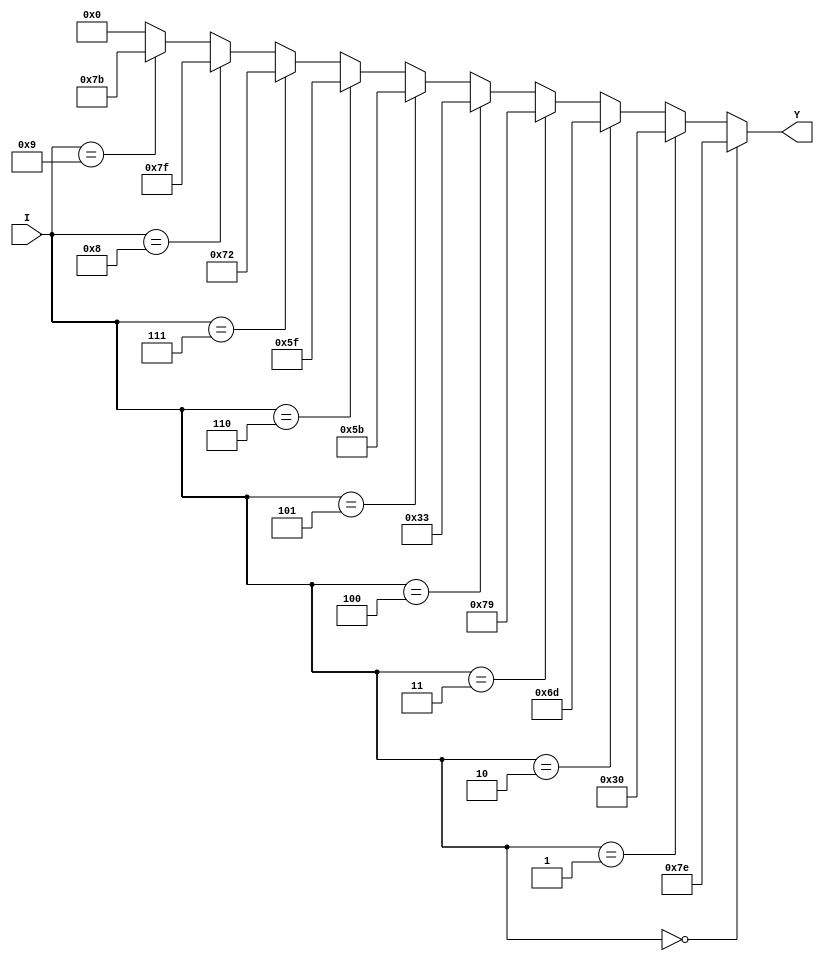
`timescale 1ns / 1ps
//////////////////////////////////////////////////////////////////////////////////
// Company: 
// Engineer: 
// 
// Design Name: 
// Module Name:    bcd_dataflow 
// Project Name: 
// Target Devices: 
// Tool versions: 
// Description: 
//
// Dependencies: 
//
// Revision: 
// Revision 0.01 - File Created
// Additional Comments: 
//
//////////////////////////////////////////////////////////////////////////////////
module bcd_dataflow(
    input [3:0] I,
    output [6:0] Y
    );

	wire[6:0] out;
	
	assign Y = out;
	assign Y = (I==4'b0000)? 7'b1111110:
				(I==4'b0001) ? 7'b0110000:
				(I==4'b0010) ? 7'b1101101:
				(I==4'b0011) ? 7'b1111001:
				(I==4'b0100) ? 7'b0110011:
				(I==4'b0101) ? 7'b1011011:
				(I==4'b0110) ? 7'b1011111:
				(I==4'b0111) ? 7'b1110010:
				(I==4'b1000) ? 7'b1111111:
				(I==4'b1001) ? 7'b1111011:
				7'b0000000;
endmodule